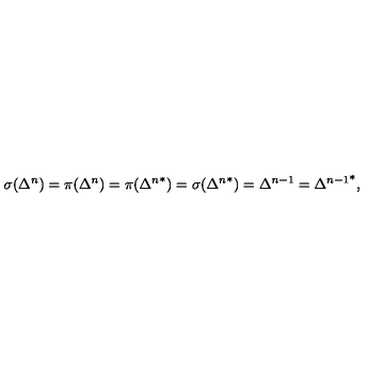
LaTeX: \sigma ( \Delta ^ { n } ) = \pi ( \Delta ^ { n } ) = \pi ( { \Delta ^ { n } } ^ { * } ) = \sigma ( { \Delta ^ { n } } ^ { * } ) = { \Delta } ^ { n - 1 } = { { \Delta } ^ { n - 1 } } ^ { * } ,